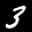
Label: 3